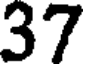
37